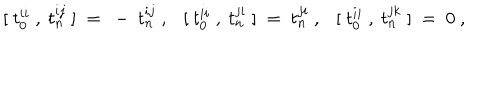
LaTeX: [ ~ t _ { 0 } ^ { i i } ~ , ~ t _ { n } ^ { i j } ~ ] ~ = ~ - ~ t _ { n } ^ { i j } ~ , [ ~ t _ { 0 } ^ { i i } ~ , ~ t _ { n } ^ { j i } ~ ] ~ = ~ t _ { n } ^ { j i } ~ , [ ~ t _ { 0 } ^ { i i } ~ , ~ t _ { n } ^ { j k } ~ ] ~ = ~ 0 ~ ,